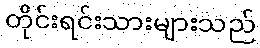
တိုင်းရင်းသားများသည်